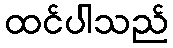
ထင်ပါသည်